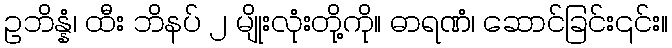
ဥဘိန္နံ၊ ထီး ဘိနပ် ၂ မျိုးလုံးတို့ကို။ ဓာရဏံ၊ ဆောင်ခြင်း၎င်း။